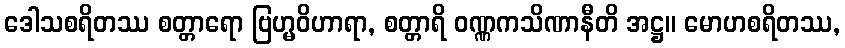
ဒေါသစရိတဿ စတ္တာရော ဗြဟ္မဝိဟာရာ, စတ္တာရိ ဝဏ္ဏကသိဏာနီတိ အဋ္ဌ။ မောဟစရိတဿ,